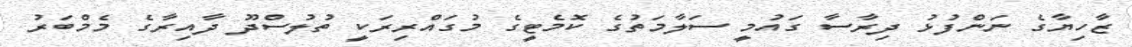
ޒާހިޔާގެ ނަންފުޅު ދިރާސާ ގައުމީ ސަލާމަތުގެ ކޮމެޓީގެ މުގައްރިރަކީ ތުލުސްދޫ ދާއިރާގެ މެމްބަރު